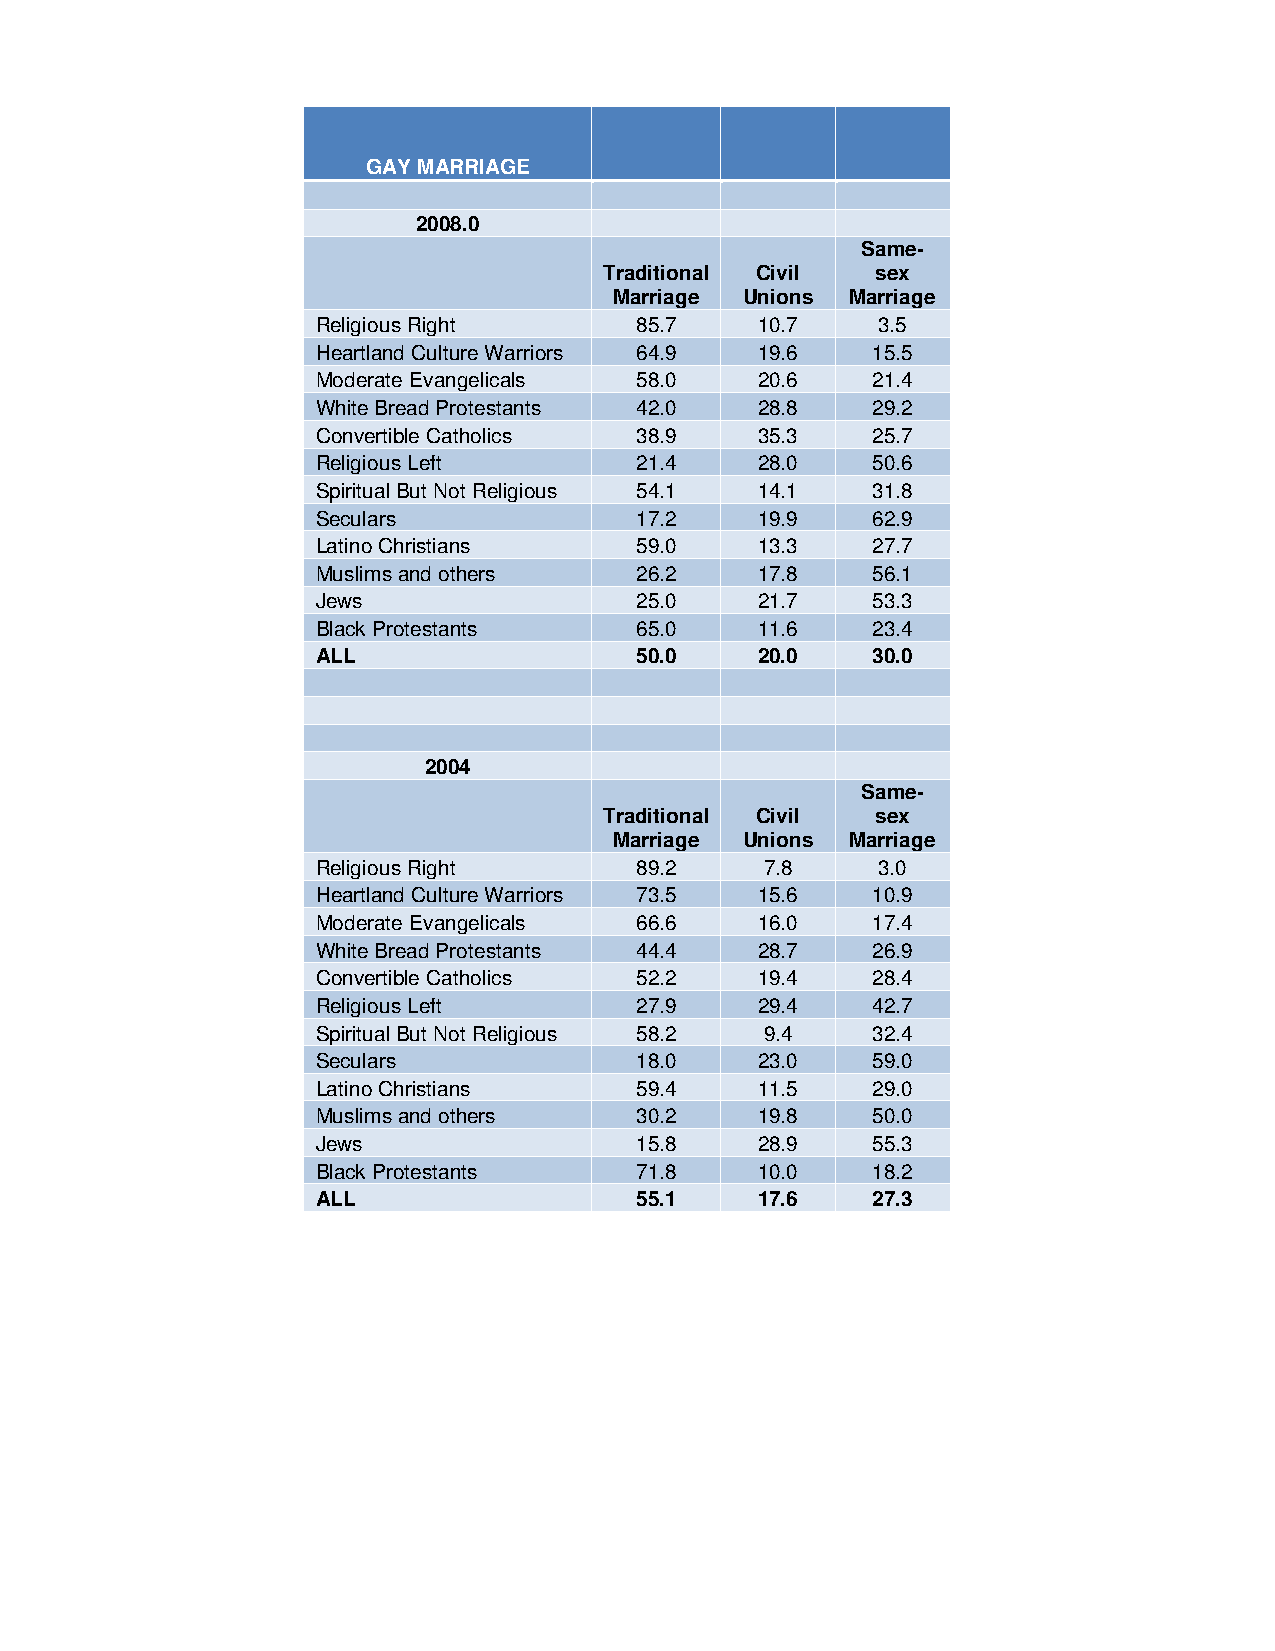
GAY MARRIAGE
 2008.0
 Same-
 Traditional Civil sex
 Marriage Unions Marriage
 Religious Right      85.7    10.7    3.5
 Heartland Culture Warriors 64.9 19.6 15.5
 Moderate Evangelicals 58.0   20.6    21.4
 White Bread Protestants 42.0 28.8    29.2
 Convertible Catholics 38.9   35.3    25.7
 Religious Left       21.4    28.0    50.6
 Spiritual But Not Religious 54.1 14.1 31.8
 Seculars             17.2    19.9    62.9
 Latino Christians    59.0    13.3    27.7
 Muslims and others   26.2    17.8    56.1
 Jews                 25.0    21.7    53.3
 Black Protestants    65.0    11.6    23.4
 ALL                  50.0    20.0    30.0
 2004
 Same-
 Traditional Civil sex
 Marriage Unions Marriage
 Religious Right      89.2     7.8    3.0
 Heartland Culture Warriors 73.5 15.6 10.9
 Moderate Evangelicals 66.6   16.0    17.4
 White Bread Protestants 44.4 28.7    26.9
 Convertible Catholics 52.2   19.4    28.4
 Religious Left       27.9    29.4    42.7
 Spiritual But Not Religious 58.2 9.4 32.4
 Seculars             18.0    23.0    59.0
 Latino Christians    59.4    11.5    29.0
 Muslims and others   30.2    19.8    50.0
 Jews                 15.8    28.9    55.3
 Black Protestants    71.8    10.0    18.2
 ALL                  55.1    17.6    27.3